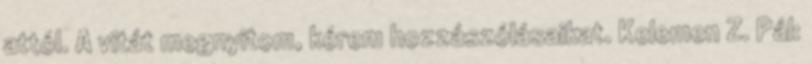
attól. A vitát megnyitom, kérem hozzászólásaikat. Kelemen Z. Pál: